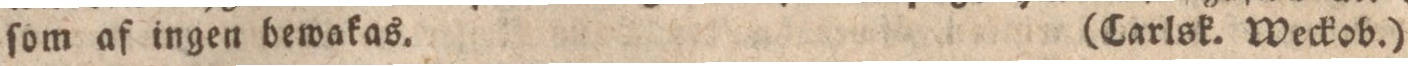
ſom af ingen bewakas. (Carlsk. Weckob.)